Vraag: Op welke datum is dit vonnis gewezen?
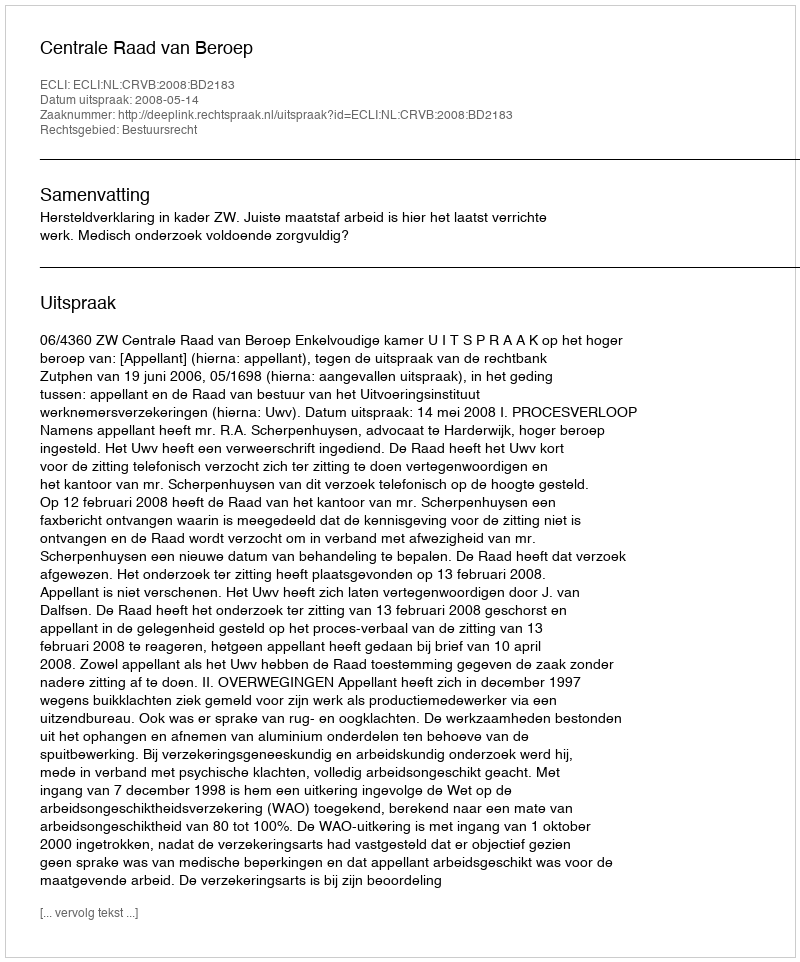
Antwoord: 2008-05-14